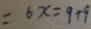
= 6 x = 9 + 9